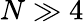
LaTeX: N\gg 4